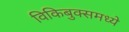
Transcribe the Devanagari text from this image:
विकिबुक्समध्ये